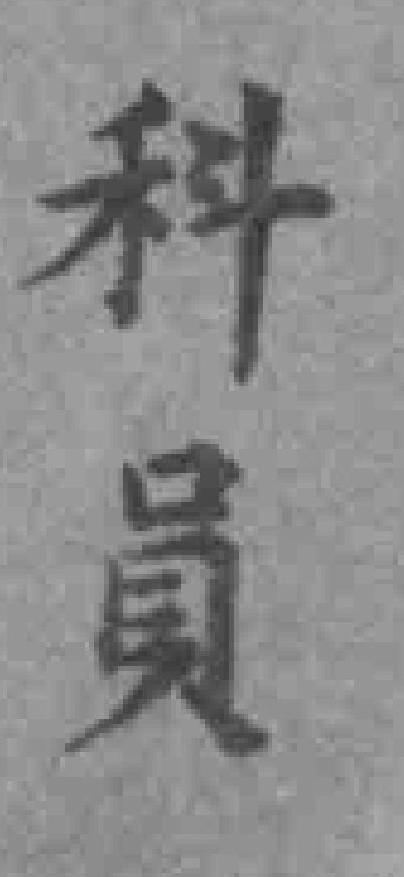
科員